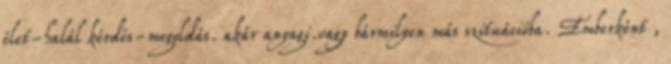
élet-halál kérdés-megoldás. akár anyagi.vagy bármilyen más szituációba. Emberként ,